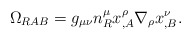
\begin{align*}\Omega_{RAB} = g_{\mu\nu}n^\mu_R x^\rho_{,A}\nabla_\rho x^\nu_{,B}.\end{align*}